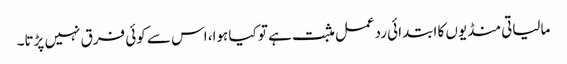
مالیاتی منڈیوں کا ابتدائی ردعمل مثبت ہے تو کیا ہوا، اس سے کوئی فرق نہیں پڑتا۔